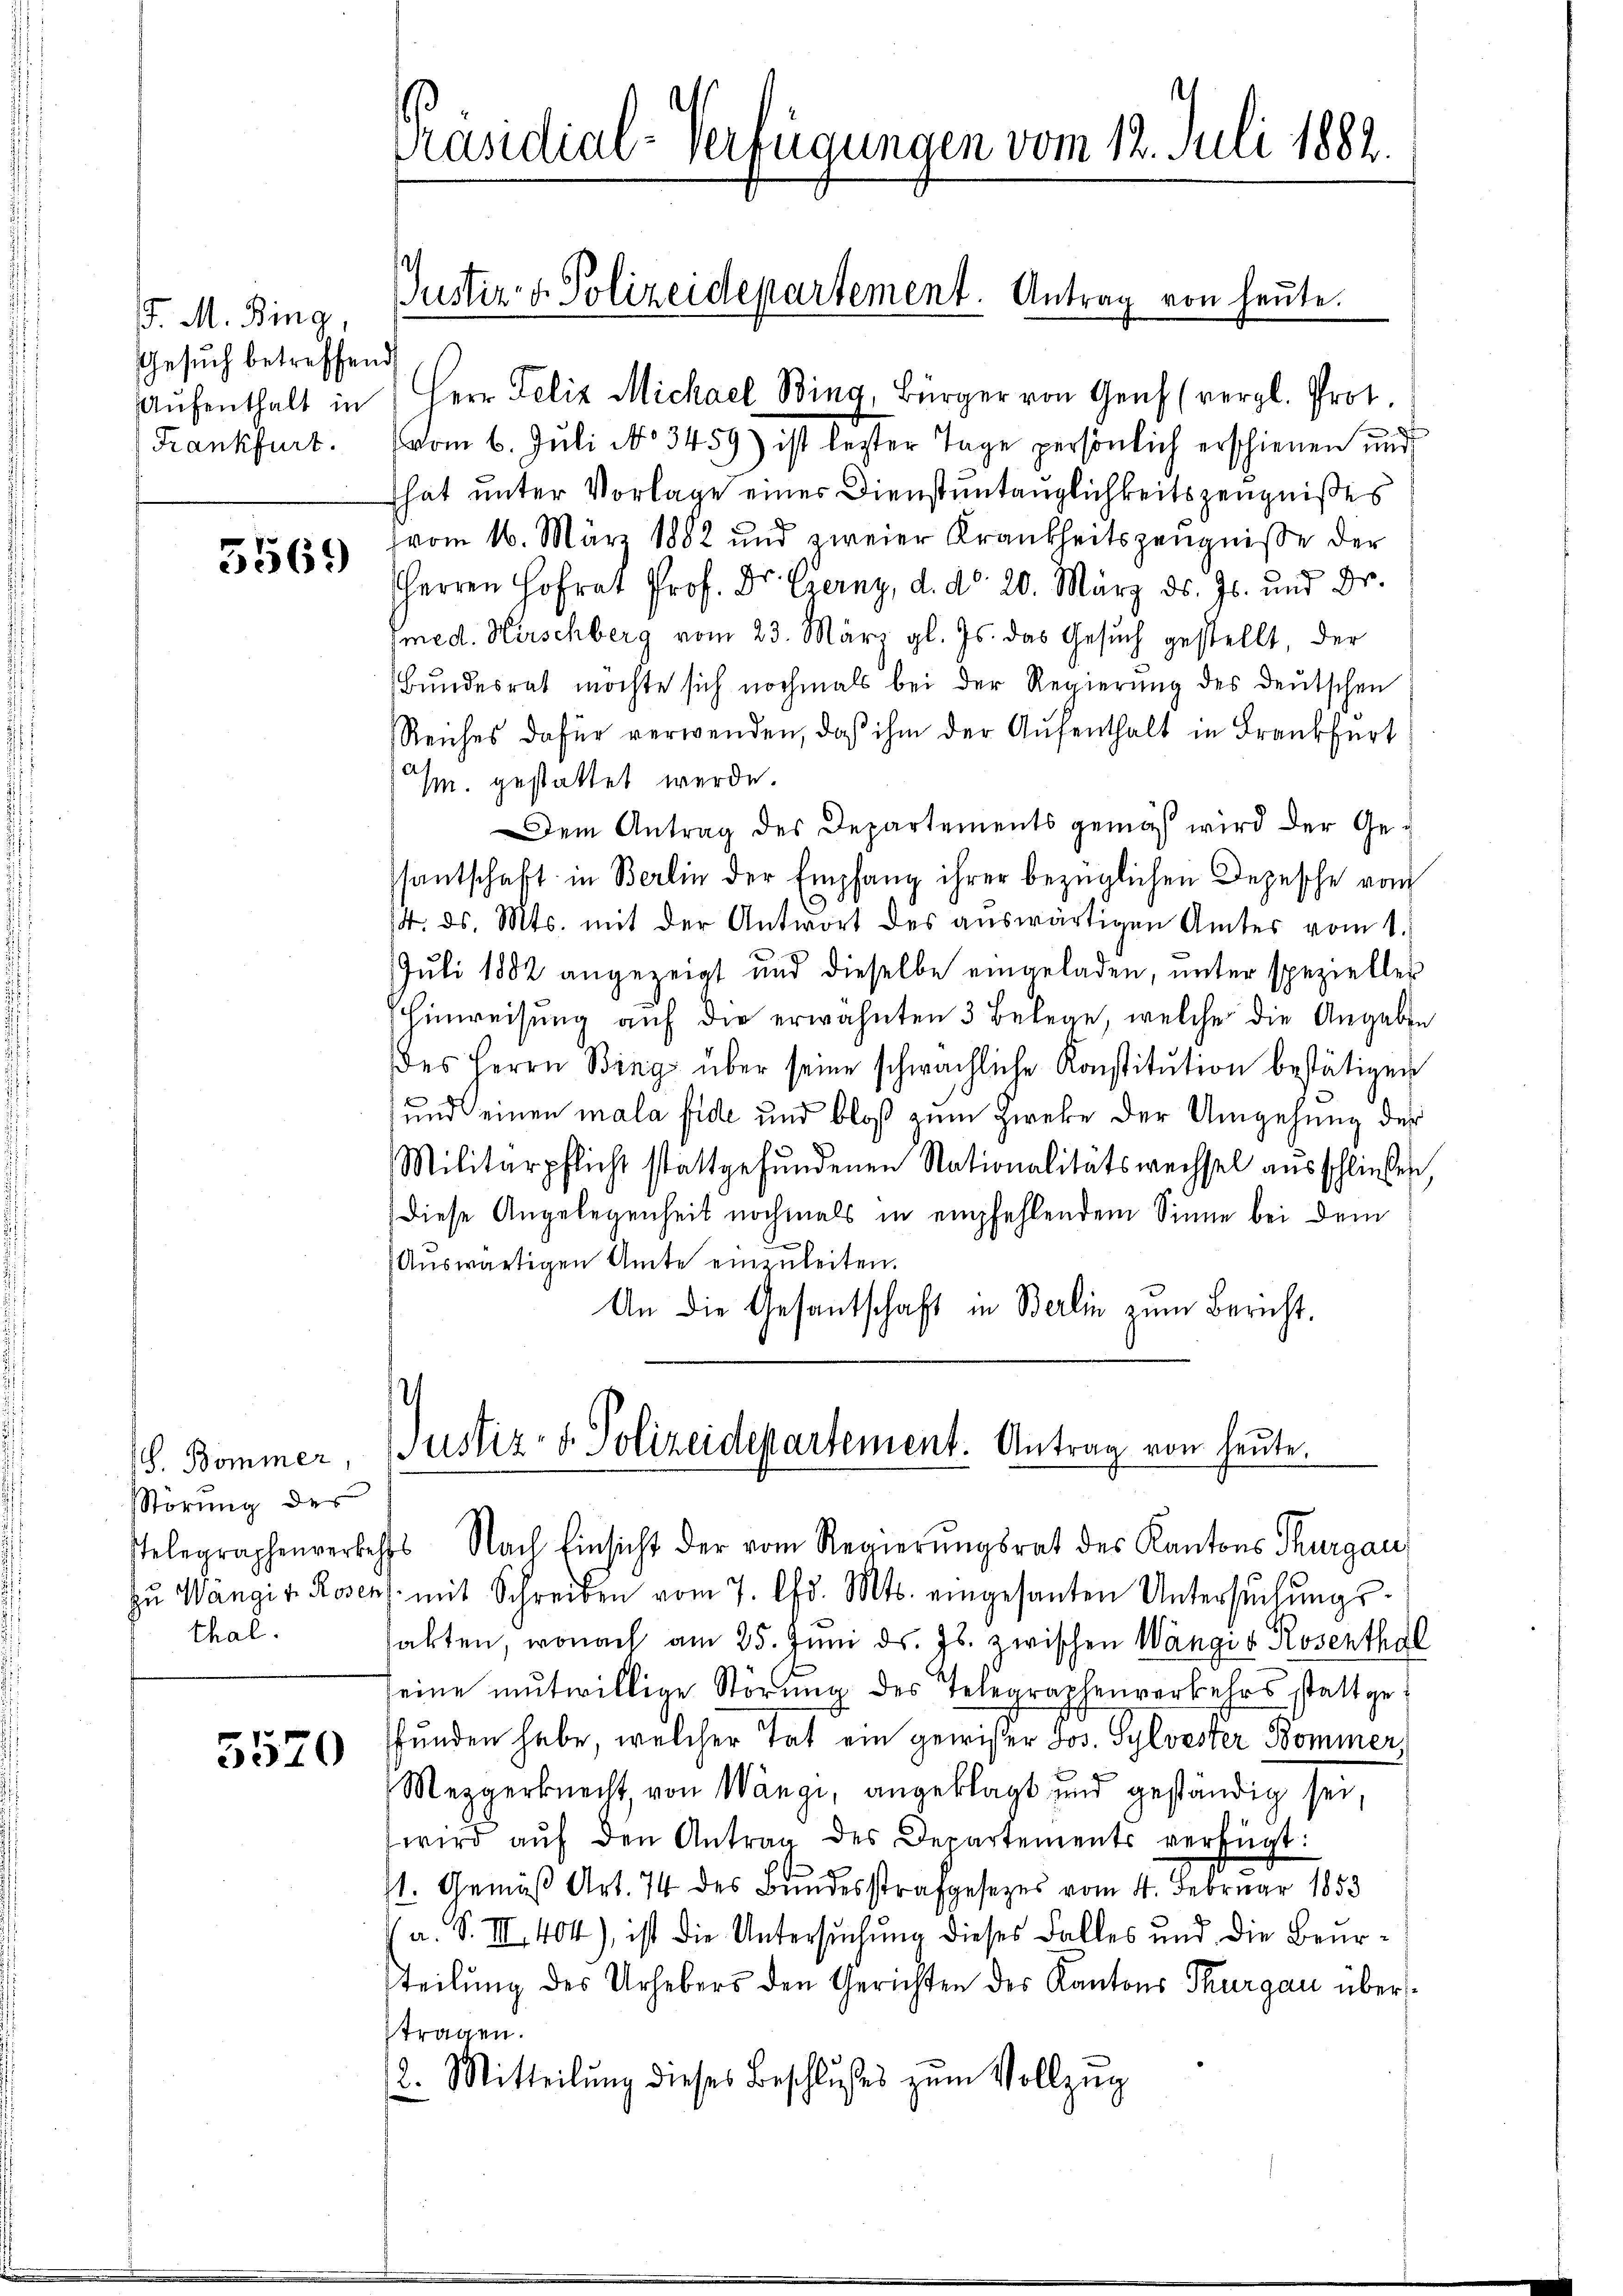
J. M. Bing,
Gesuch betreffend
Frankfurt.

5569

. Bommer,
Störung des
thal.

5520

Präsidial-Verfügungen vom 12. Juli 1882.

Justiz- & Polizeidepartement. Antrag von heute.

Aŭfenthalt in Herr Felix Michael Bing, Bürger von Genf (vergl. Prot.
vom 6. Juli No 3459) ist lezter Tage persönlich erschienen und
hat unter Vorlage einer Dienstuntänglichkeitszeugnißes
(vom 16. März 1882 und zweier Krankheitszeugnisse der
HHerren Hofrat Prof. Dr. Czerny, d. d. 20. März ds. Js. und Dr.
fmed. Hirschberg vom 23. März gl. Js. das Gesuch gestellt, der
Bundesrat möchte sich nochmals bei der Regierŭng des deutschen
Reiches dafür verwenden, daß ihm der Aufenthalt in Frankfert
A
/m. gestattet werde.
Dem Antrag des Departements gemäß wird der Ge-
santschaft in Berlin der Empfang ihrer bezüglichen Depesche vom
14. ds. Mts. mit der Antwort des auswärtigen Amtes vom 1.)
Juli 1882 angezeigt und dieselbe eingeladen, unter spezieller
hinweisung auf die erwähnten 3 Belege, welche die Angaben
des Herrn Bing über seine schwächliche Konstitŭtion bestätigen
und einen mala fide und bloß zum Zweke der Umgehung der
Militärpflicht stattgefŭndenen Nationalitätswechsel aŭsschließen,
Diese Angelegenheit nochmals in empfehlendem Sinne bei dem
Auswärtigen Amte einzuleiten.
An die Gesantschaft in Berlin zum Bericht,

Justiz- & Polizeidepartement. Antrag von heute.
telegraphenverlechts Nach Einsicht der vom Regierŭngsrat des Kantons Thurgau,

zŭ Wangi v. Rosens mit Schreiben vom 7. lfd. Mts. eingesanten Untersŭchŭngs-
sakten, wonach am 25. Juni d. Js. zwischen Wängig Rosenthal
seine mutwillige Störung des Telegraphenverkehrs stattgefunden habe, welcher Tat ein gewißer Jos. Sylvester Bommer,
Mezgerknecht, von Wange, angeklagt und geständig sei.
wird aŭf den Antrag des Departements verfügt:
st. Gemäß Art. 74 des Bundesstrafgesetzes vom 4. Februar 1858
 a. S. III 404), ist die Untersuchung dieses Falles und die Beurteilung des Urhebers den Gerichten des Kantons Thurgau übertragen.
2. Mitteilŭng dieses Beschlußes zŭm Vollzŭg